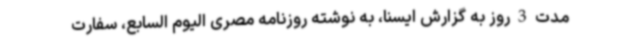
مدت 3 روز به گزارش ایسنا، به نوشته روزنامه مصری الیوم السابع، سفارت